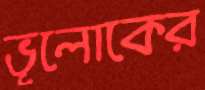
ভূলোকের